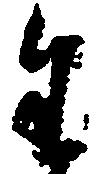
生